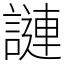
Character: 謰